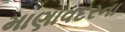
માણાવદરના